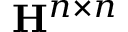
\mathbf { H } ^ { n \times n }